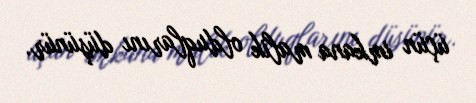
üçün imkana malik olduqlarını düşünür.